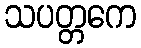
သပတ္တကေ